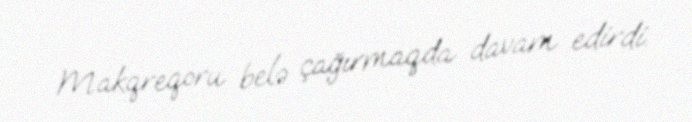
Makqreqoru belə çağırmaqda davam edirdi.